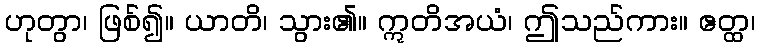
ဟုတွာ၊ ဖြစ်၍။ ယာတိ၊ သွား၏။ ဣတိအယံ၊ ဤသည်ကား။ ဧတ္ထ၊